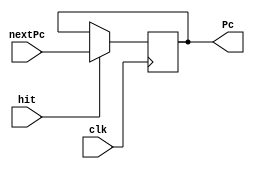
`timescale 1ns / 1ps
//////////////////////////////////////////////////////////////////////////////////
// Company: 
// Engineer: 
// 
// Design Name: 
// Module Name:    pc_register 
// Project Name: 
// Target Devices: 
// Tool versions: 
// Description: 
//
// Dependencies: 
//
// Revision: 
// Revision 0.01 - File Created
// Additional Comments: 
//
//////////////////////////////////////////////////////////////////////////////////
module pc_register(clk,hit,nextPc,Pc);
	input clk;
	input hit;
	input [31:0] nextPc;
	output  [31:0] Pc;
	reg [31:0] pcReg;
	initial begin
		pcReg<=0;
	end

	always @(negedge clk)
	begin
	if (hit==1) begin
		pcReg=nextPc;
		end
	end
	assign Pc=pcReg;
endmodule